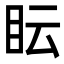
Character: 眃